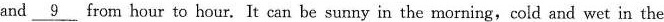
and \underline{9} from hour to hour. It can be sunny in the morning, cold and wet in the